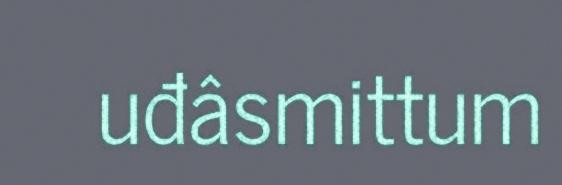
uđâsmittum